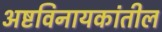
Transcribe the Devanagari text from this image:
अष्टविनायकांतील